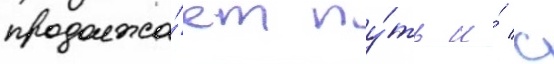
продолжа́ет пу́ть и́ с